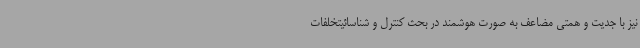
نیز با جدیت و همتی مضاعف به صورت هوشمند در بحث کنترل و شناسائیتخلفات